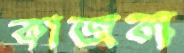
কাজল